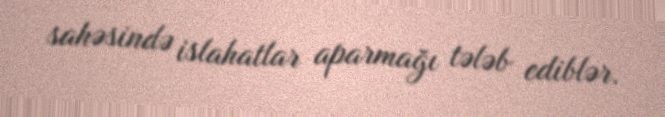
sahəsində islahatlar aparmağı tələb ediblər.